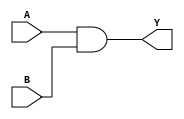
module AND_X1 (A, B, Y);
input A, B;
output Y;
assign Y = (A & B);
endmodule